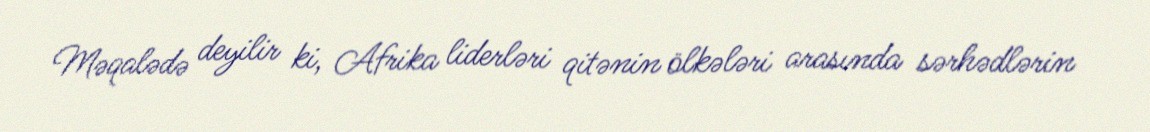
Məqalədə deyilir ki, Afrika liderləri qitənin ölkələri arasında sərhədlərin